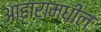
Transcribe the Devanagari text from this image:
आहारामधील